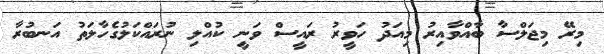
މިރޭ މިޖަލްސާ ބާއްވާއިރު މިއަދު ހަވީރު ރައީސް ވަނީ ކުއްލި ނުރައްކަލުގެހާލަތު އަނބުރާ